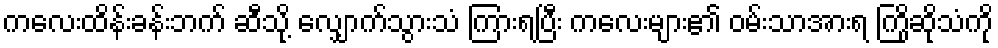
ကလေးထိန်းခန်းဘက် ဆီသို့ လျှောက်သွားသံ ကြားရပြီး ကလေးများ၏ ဝမ်းသာအားရ ကြိုဆိုသံကို